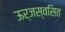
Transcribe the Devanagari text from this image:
ऊर्जस्वसित